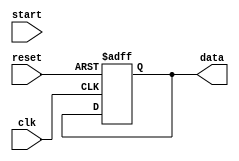
module initialization_example (
    input wire clk,       // Clock signal
    input wire reset,     // Reset signal
    input wire start,     // Start control signal
    output reg [7:0] data // Example output register
);

// State variables
reg [3:0] state;        // Example state variable
reg [15:0] counter;     // Example counter variable

// Initialization Block
initial begin
    // Initialize registers to known values
    data = 8'b00000000;      // Initialize data to 0
    state = 4'b0000;         // Initialize state to 0
    counter = 16'd0;         // Initialize counter to 0
    
    // Further initialization can be added here
    // For example, setting up other control signals
end

// Sequential Logic
always @(posedge clk or posedge reset) begin
    if (reset) begin
        // Reset all registers and state variables
        data <= 8'b00000000;  // Reset data to 0
        state <= 4'b0000;     // Reset state to 0
        counter <= 16'd0;     // Reset counter to 0
    end else if (start) begin
        // Main operational logic can be added here
        // Example: Increment counter and change state
        counter <= counter + 1;
        state <= state + 1;   // Example state transition
    end
end

endmodule